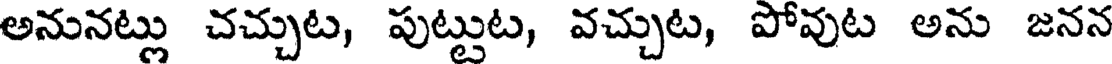
అనునట్లు చచ్చుట, పుట్టుట, వచ్చుట, పోవుట అను జనన